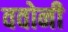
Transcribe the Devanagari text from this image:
ववोनी